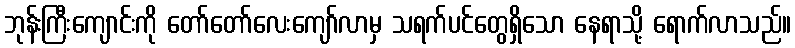
ဘုန်းကြီးကျောင်းကို တော်တော်လေးကျော်လာမှ သရက်ပင်တွေရှိသော နေရာသို့ ရောက်လာသည်။